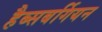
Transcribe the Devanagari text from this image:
हैब्सबर्गियन